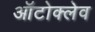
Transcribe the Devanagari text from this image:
ऑटोक्‍लेव